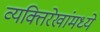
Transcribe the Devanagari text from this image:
व्यक्तिरेखांमध्ये